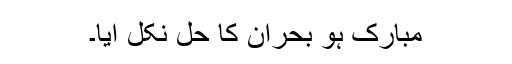
مبارک ہو بحران کا حل نکل آیا۔